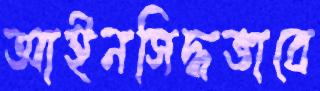
আইনসিদ্ধভাবে